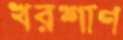
খরশাণ